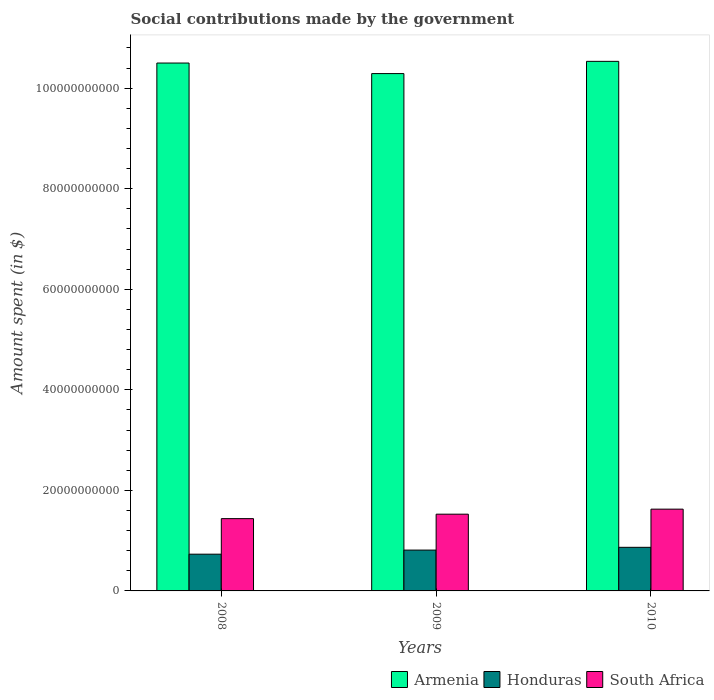
| Years | Armenia | Honduras | South Africa |
 | --- | --- | --- | --- |
 | 2008 | 1.05e+11 | 7.31e+09 | 1.44e+10 |
 | 2009 | 1.03e+11 | 8.12e+09 | 1.53e+10 |
 | 2010 | 1.05e+11 | 8.67e+09 | 1.63e+10 |